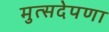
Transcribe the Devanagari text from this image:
मुत्सदेपणा